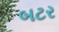
બટર